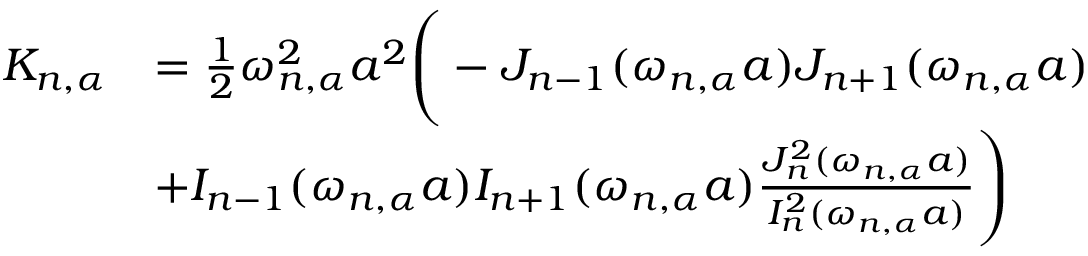
\begin{array} { r l } { K _ { n , \alpha } } & { = \frac { 1 } { 2 } \omega _ { n , \alpha } ^ { 2 } a ^ { 2 } \Bigg ( - J _ { n - 1 } ( \omega _ { n , \alpha } a ) J _ { n + 1 } ( \omega _ { n , \alpha } a ) } \\ & { + I _ { n - 1 } ( \omega _ { n , \alpha } a ) I _ { n + 1 } ( \omega _ { n , \alpha } a ) \frac { J _ { n } ^ { 2 } ( \omega _ { n , \alpha } a ) } { I _ { n } ^ { 2 } ( \omega _ { n , \alpha } a ) } \Bigg ) } \end{array}